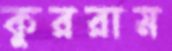
কুররাম